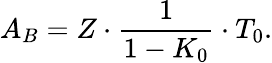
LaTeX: A_{B}=Z\cdot\frac{1}{1-K_{0}}\cdot T_{0}.